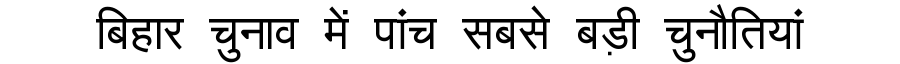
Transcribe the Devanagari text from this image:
बिहार चुनाव में पांच सबसे बड़ी चुनौतियां